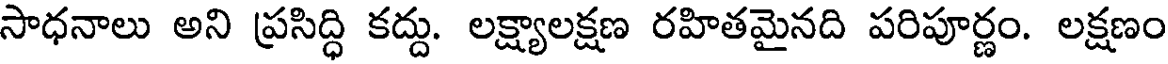
సాధనాలు అని ప్రసిద్ధి కద్దు. లక్ష్యాలక్షణ రహితమైనది పరిపూర్ణం. లక్షణం